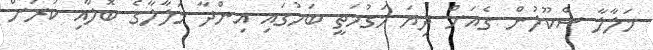
މަލާލާ ސްކޫލުން ގެއަށް ދިޔަ މަގުމަތީ ބަހުގައި އިންދާ މަލާލާގެ ބޮލާއި ކަރަށް